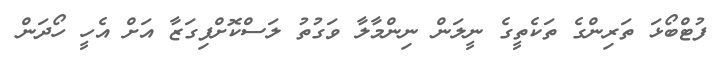
ފުޓްބޯޅަ ތަރިންގެ ތަކެތީގެ ނީލަން ނިންމާލާ ވަގުތު ލަސްކޮށްފިގަޒާ އަށް އެހީ ހޯދަން